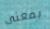
بمعنى